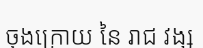
ចុងក្រោយ នៃ រាជ វង្ស